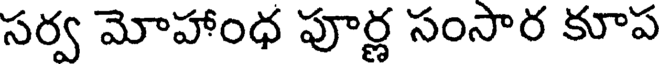
సర్వ మోహాంధ పూర్ణ సంసార కూప